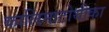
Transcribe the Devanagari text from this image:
कालिमाटोथीका